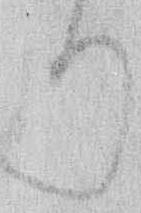
り